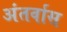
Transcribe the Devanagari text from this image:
अंतर्वास